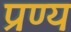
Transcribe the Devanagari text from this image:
प्रण्य